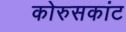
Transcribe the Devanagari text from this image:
कोरुसकांट